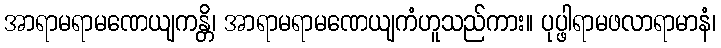
အာရာမရာမဏေယျကန္တိ၊ အာရာမရာမဏေယျကံဟူသည်ကား။ ပုပ္ဖါရာမဖလာရာမာနံ၊